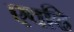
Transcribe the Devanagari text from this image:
एवढि